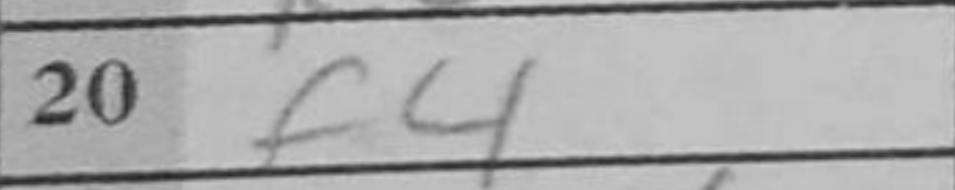
Transcription: f4